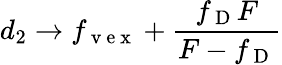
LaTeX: d_{2}\rightarrow f_{\mathrm{~v~e~x~}}+\frac{f_{\mathrm{~D~}}F}{F-f_{\mathrm{~D~}}}